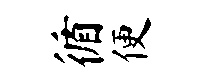
循便